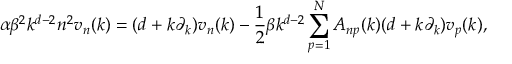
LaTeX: \alpha \beta ^ { 2 } k ^ { d - 2 } n ^ { 2 } v _ { n } ( k ) = ( d + k \partial _ { k } ) v _ { n } ( k ) - { \frac { 1 } { 2 } } \beta k ^ { d - 2 } \sum _ { p = 1 } ^ { N } A _ { n p } ( k ) ( d + k \partial _ { k } ) v _ { p } ( k ) ,